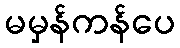
မမှန်ကန်ပေ